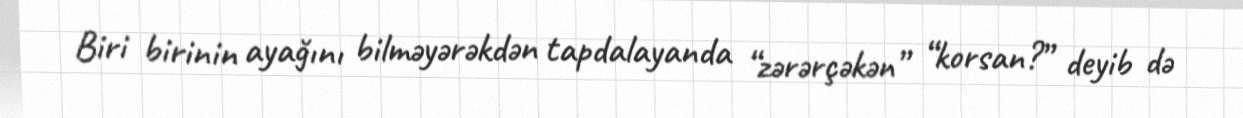
Biri birinin ayağını bilməyərəkdən tapdalayanda “zərərçəkən” “korsan?” deyib də